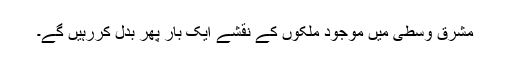
مشرقِ وسطیٰ میں موجود ملکوں کے نقشے ایک بار پھر بدل کررہیں گے۔